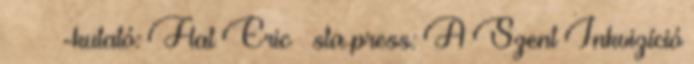
-kutató: Flat Eric sta press: A Szent Inkvizíció